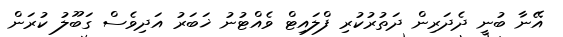
އޭނާ ބުނީ ދެދަރިން ދަތުރުކުރި ފްލައިޓް ވެއްޓުނު ޚަބަރު އަދިވެސް ގަބޫލު ކުރަން